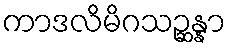
ကာဒလိမိဂသဉ္ဆန္နာ